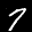
Label: 7